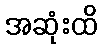
အဆုံးထိ